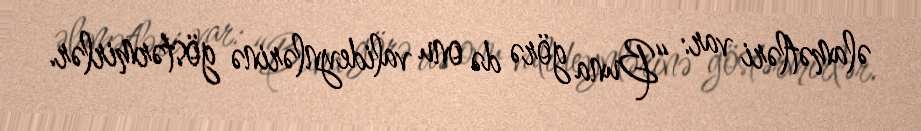
əlamətləri var: “Buna görə də onu valideynlərinə göstərmirlər.